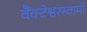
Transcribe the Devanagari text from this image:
वैंक्टेश्वरस्वामी